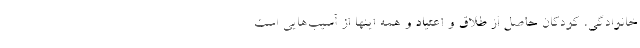
خانوادگی، کودکان حاصل از طلاق و اعتیاد و همه اینها از آسیب‌هایی است